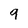
Character: 9